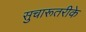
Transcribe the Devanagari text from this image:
सुचारूतरीके